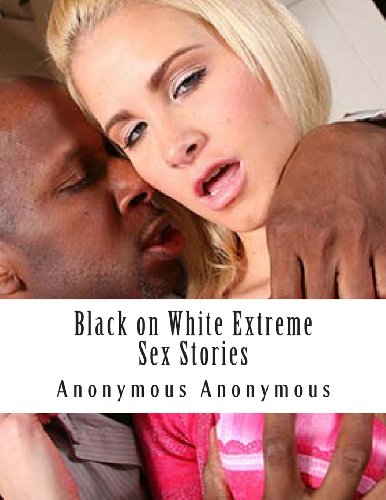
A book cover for Black on White Extreme Sex Stories; Anonymous Anonymous; Romance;